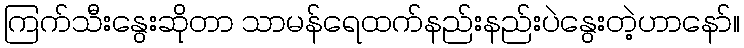
ကြက်သီးနွေးဆိုတာ သာမန်ရေထက်နည်းနည်းပဲနွေးတဲ့ဟာနော်။